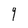
Character: 9